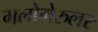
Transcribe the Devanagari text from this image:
गलोमेरुलर